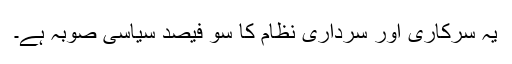
یہ سرکاری اور سرداری نظام کا سو فیصد سیاسی صوبہ ہے۔